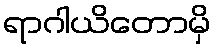
ရာဂါယိတောမှိ